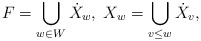
\begin{align*}F=\bigcup_{w\in W}\dot{X}_{w},\;X_{w}=\bigcup_{v\leq w}\dot{X}_{v},\end{align*}